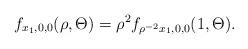
LaTeX: \begin{align*}f_{x_1,0,0}(\rho,\Theta) = \rho^2 f_{\rho^{-2}x_1,0,0}(1, \Theta).\end{align*}